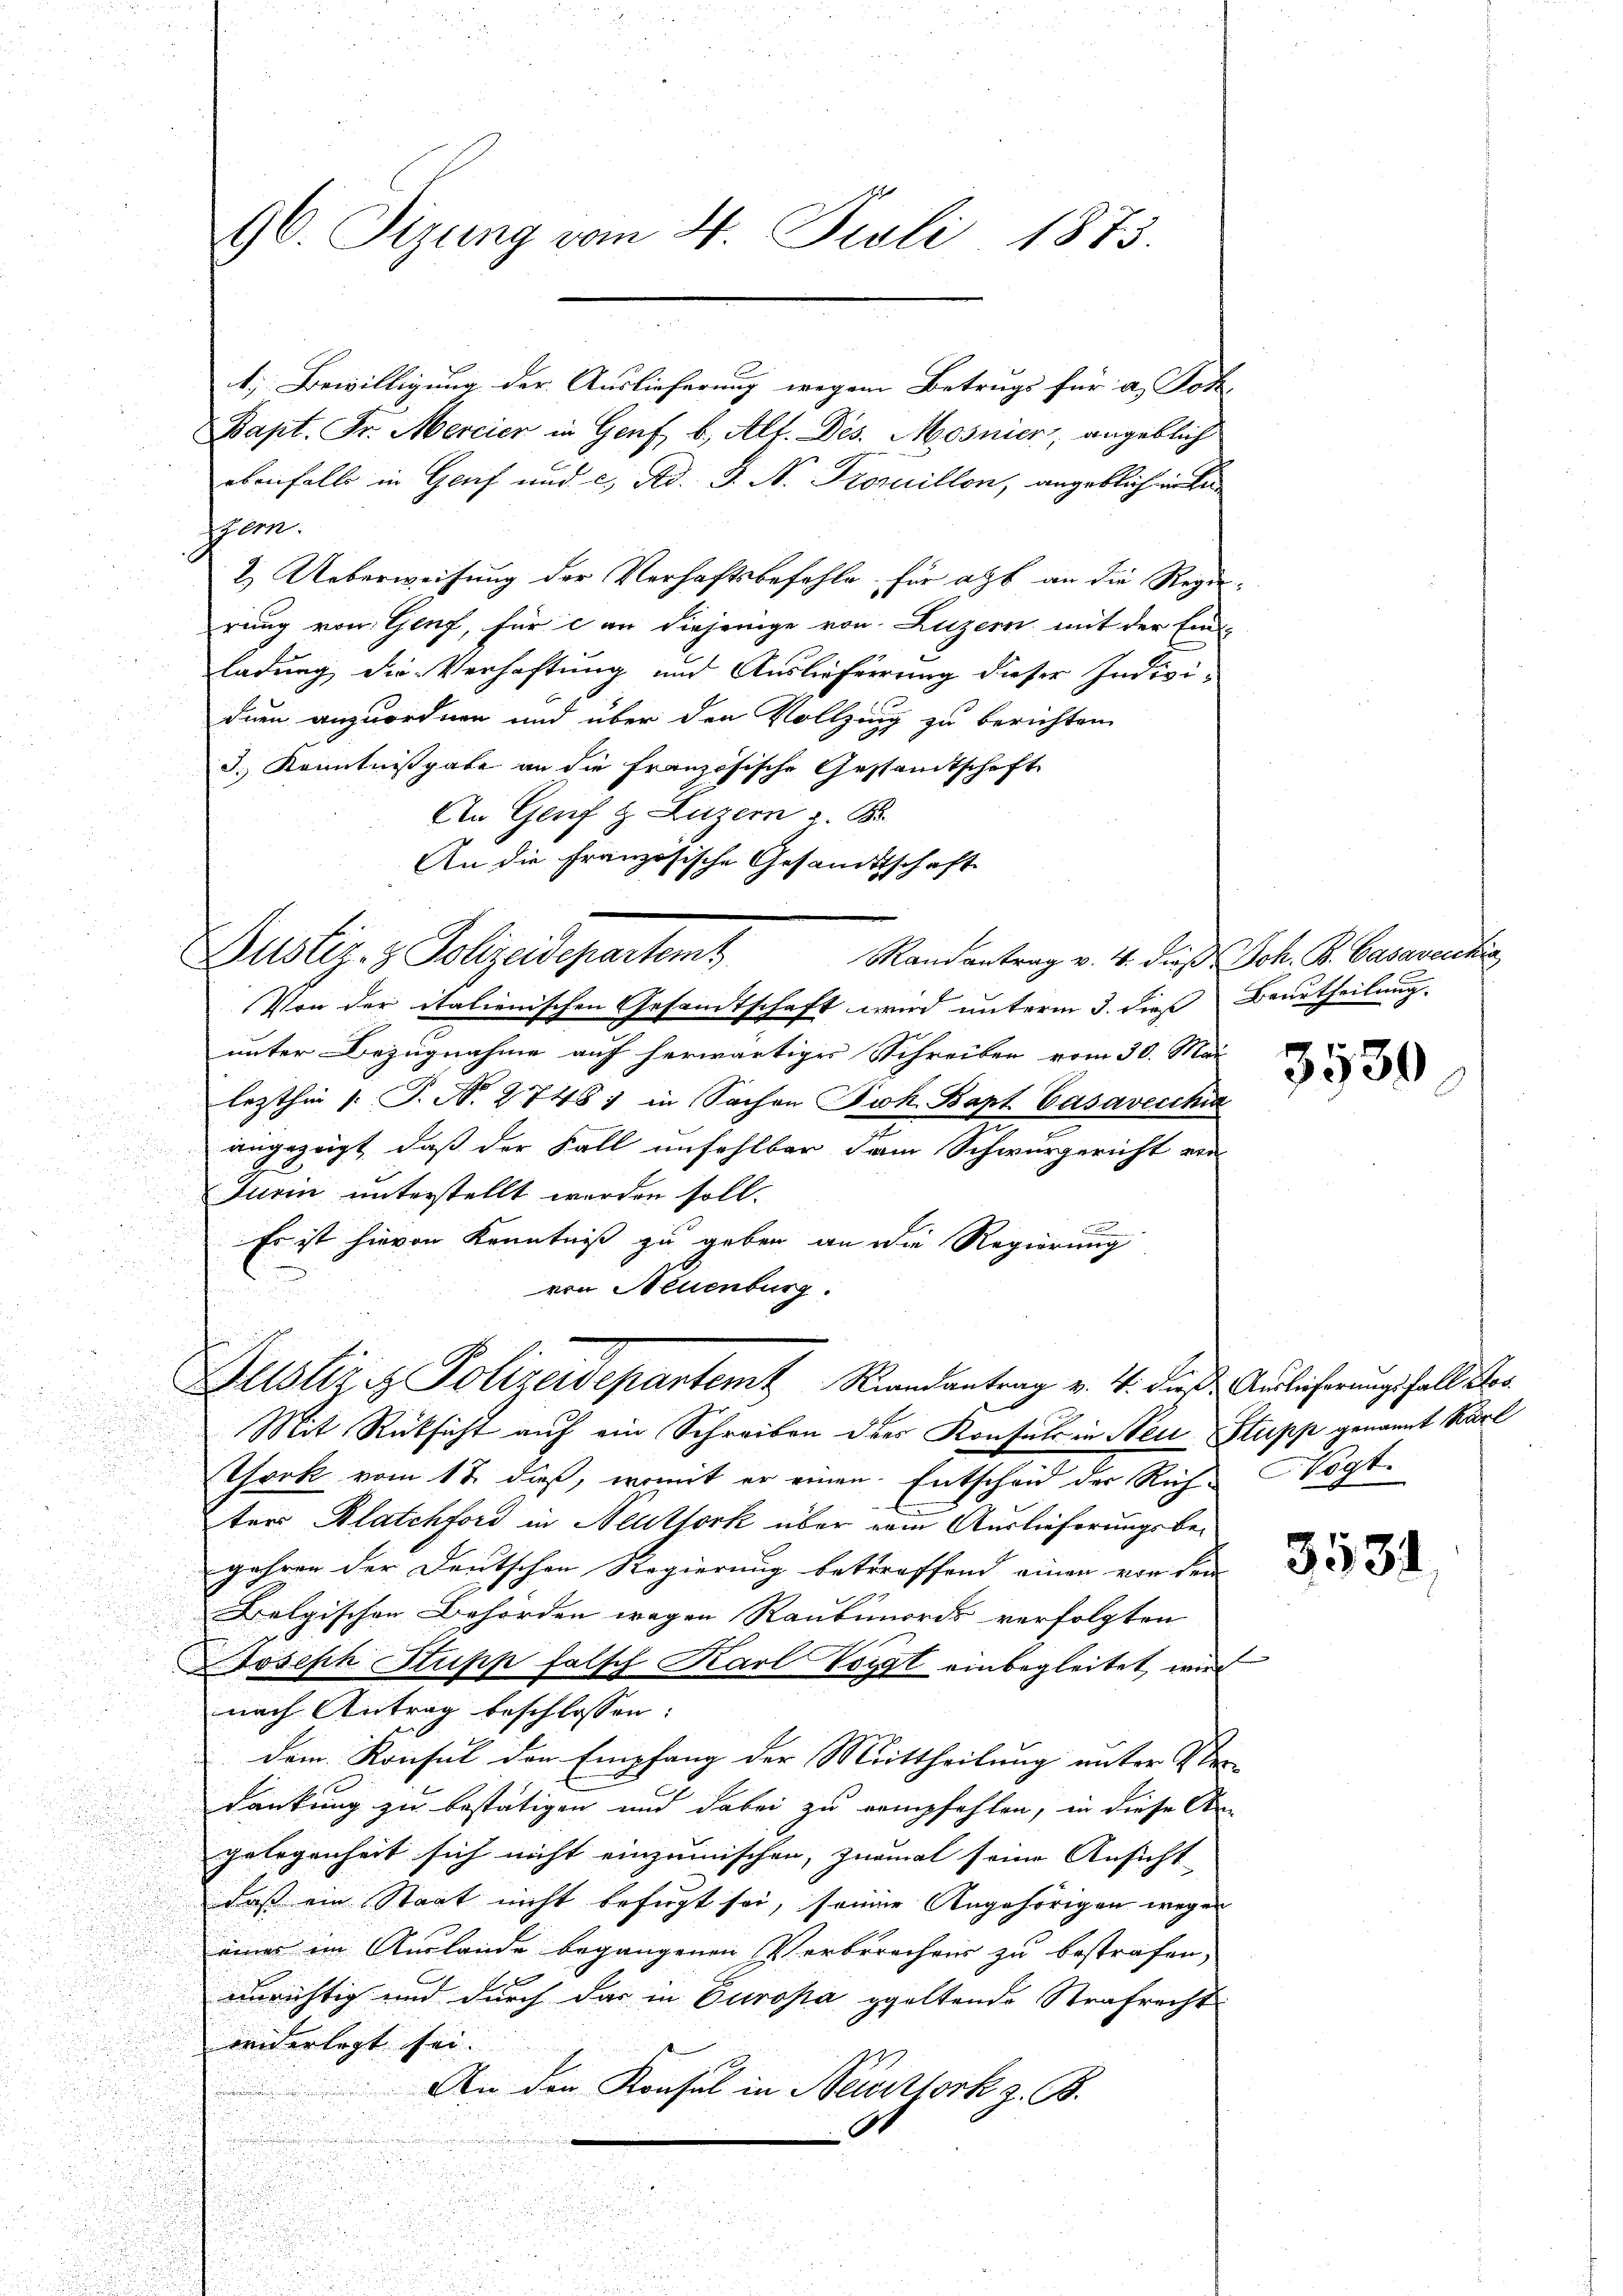
96. Sizung vom 4. Juli 1873.

t; Bewilligung der Auslieferung wegen Betrugs für a. Joha
Bapt. Fr. Mercier in Genf, b. Alf. Des. Mosnier, angeblich
ebenfalls in Gruf und c. Ad. J. N. Trouillon, angeblich in de
zern.
2. Ueberweisung der Verhaftsbefehle, für alt an die Regie
rung von Genf, für c an diejenige von Luzern mit der Ein-
ladung die Verhaftung und Auslieferung dieser Individuen anzuordnen und über den Vollzung zu berichten
J. Kenntnißgabe an die französische Gesandtschaft
An Genf & Luzern z. B.
An die Französische Gesandtschaft
Von der italienischen Gesandtschaft wird unterm 3. dieß Beurtheilung.
unter Bezugnahme auf herwärtiges Schreiben vom 30. Mai
lezthin s. S. N. 2748) in Sachen Joh. Bapt. Casavecchia
angezeigt, daß der Fall unfehlbar dem Schwurgericht von
Turin unterstellt werden soll.
Es ist hievon Kenntniß zu geben an die Regierung
von Neuenburg.
Justiz & Polizeidepartem Randantrag v. 4. dieß. Auslieferungsfall der
Mit Rücksicht auf ein Schreiben des Konsuls in Neue Stupp genannt Karl
hork vom 12. dieß, womit er einen Entscheid der Rich
ters Blatchford in Neuthork über eine Auslieferungsbegehren der Deutschen Regierung betreffend einen von den
Belgischen Behörden wegen Raubmords verfolgten
e
Joseph Stupp falsch Karl Voigt einbegleitet wird
nach Antrag beschlossen:
dem Konsul den Empfang der Mittheilung unter Ver
dankung zu bestätigen und dabei zu empfehlen, in diese An-
gelegenheit sich nicht einzumischen, zumal seine Ansicht
daß ein Staat nicht befugt sei, seine Angehörigen wegen
eines im Auslande begangenen Verbrechens zu bestrafen,
unrichtig und durch das in Europa geltende Strafrecht
widerlegt sei.
An den Konsul in Neuerstork z. B.

Dustiz- & Polizeidepartemt

Randantrag v. 4. daß Joh. B. Casavecchia

.

3530

Legt.

3531